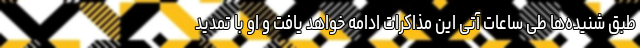
طبق شنیده‌ها طی ساعات آتی این مذاکرات ادامه خواهد یافت و او با تمدید